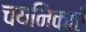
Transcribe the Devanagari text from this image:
चयनिकाएँ